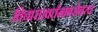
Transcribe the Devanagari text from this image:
विचारप्रवर्तनाबरोबरच